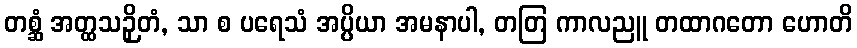
တစ္ဆံ အတ္ထသဉှိတံ, သာ စ ပရေသံ အပ္ပိယာ အမနာပါ, တတြ ကာလညူ တထာဂတော ဟောတိ